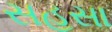
સહસા